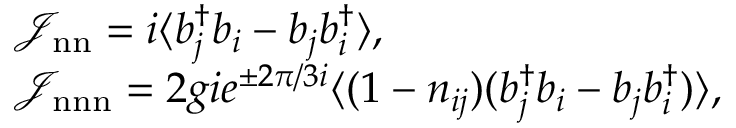
\begin{array} { r l } & { \mathcal { J } _ { \mathrm { n n } } = i \langle b _ { j } ^ { \dagger } b _ { i } - b _ { j } b _ { i } ^ { \dagger } \rangle , } \\ & { \mathcal { J } _ { \mathrm { n n n } } = 2 g i e ^ { \pm 2 \pi / 3 i } \langle ( 1 - n _ { i j } ) ( b _ { j } ^ { \dagger } b _ { i } - b _ { j } b _ { i } ^ { \dagger } ) \rangle , } \end{array}